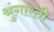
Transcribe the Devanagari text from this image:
श्रुंगारती